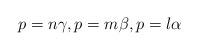
LaTeX: \begin{align*}p=n \gamma,p=m \beta, p=l \alpha \end{align*}